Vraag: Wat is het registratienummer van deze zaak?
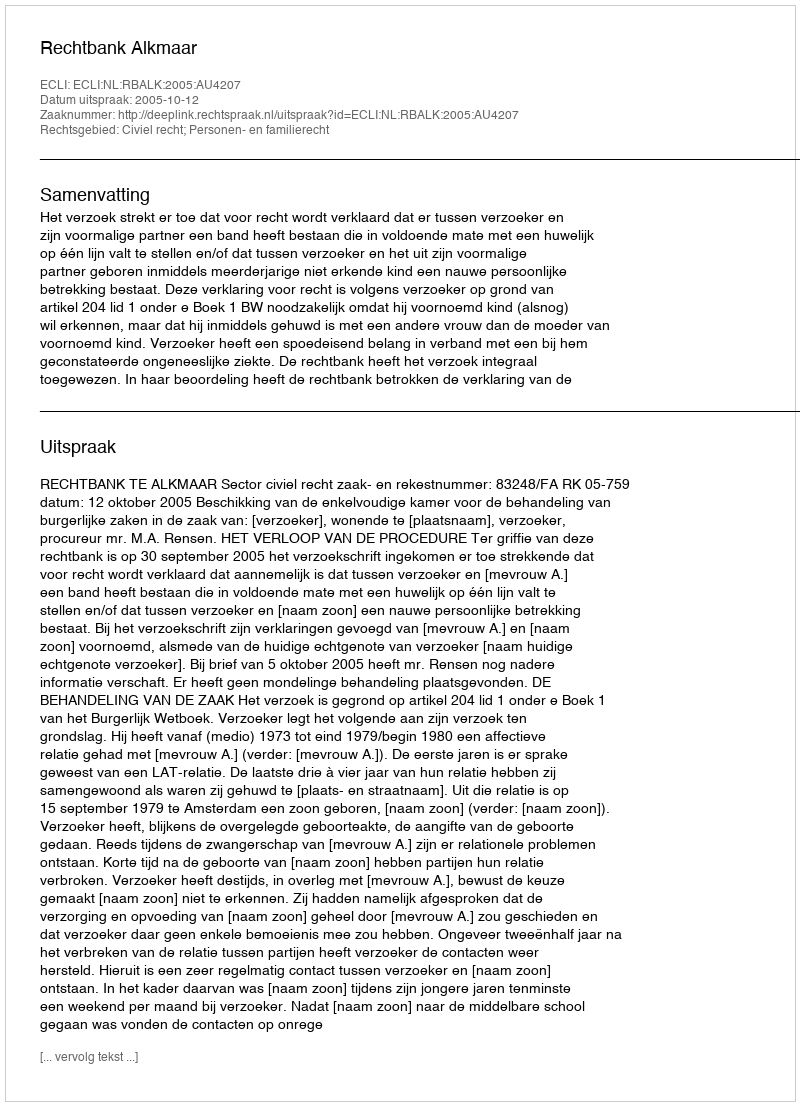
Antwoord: http://deeplink.rechtspraak.nl/uitspraak?id=ECLI:NL:RBALK:2005:AU4207